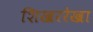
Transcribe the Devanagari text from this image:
शिखररेखा